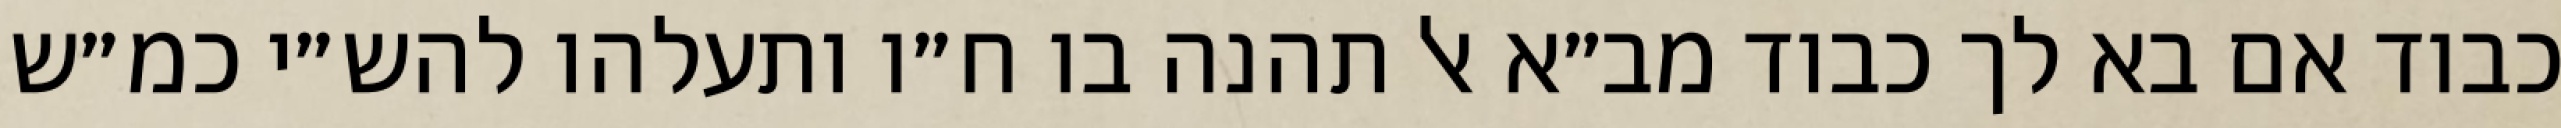
כבוד אם בא לך כבוד מב״א אל תהנה בו ח״ו ותעלהו להש״י כמ״ש